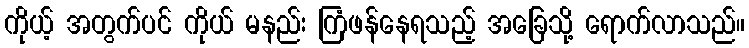
ကိုယ့် အတွက်ပင် ကိုယ် မနည်း ကြံဖန်နေရသည့် အခြေသို့ ရောက်လာသည်။